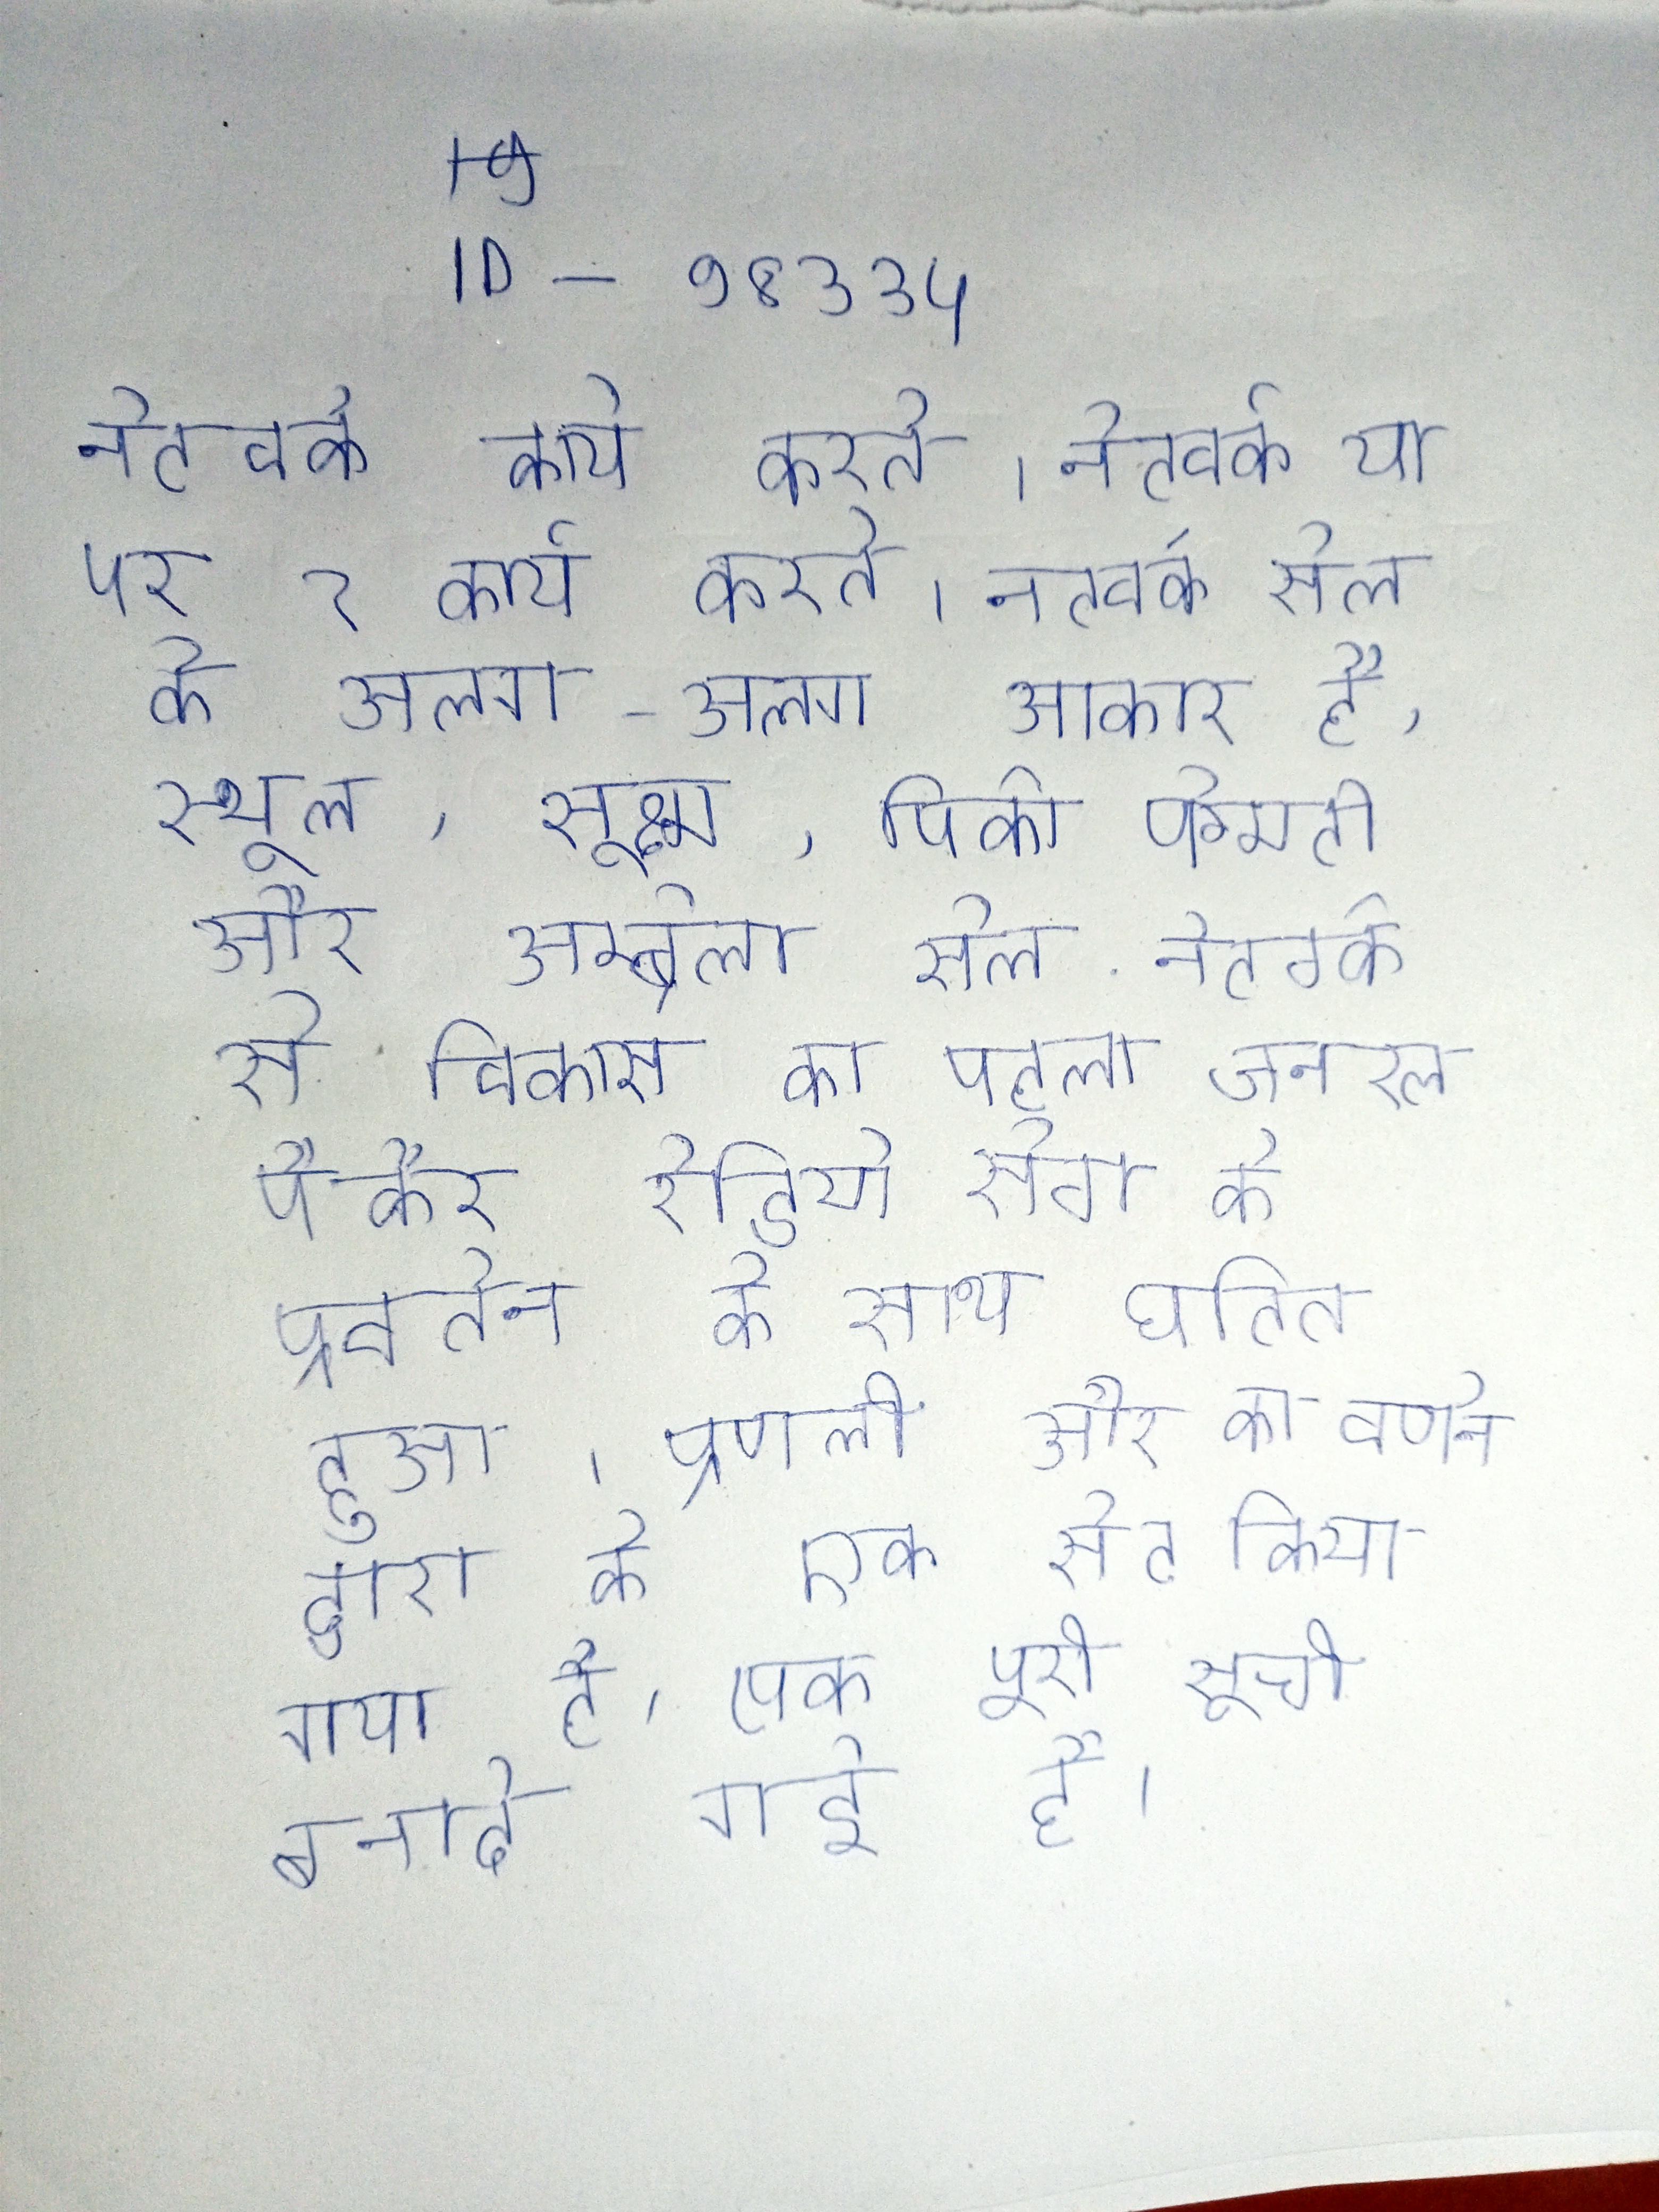
नेटवर्क कार्य करते । नेटवर्क या पर कार्य करते । नेटवर्क सेल के अलग-अलग आकार है- स्थूल, सूक्ष्म, पिको, फेमटो और अम्ब्रेला सेल . नेटवर्क से विकास का पहला जनरल पैकेट रेडियो सेवा के प्रवर्तन के साथ घटित हुआ । प्रणाली और का वर्णन द्वारा के एक सेट किया गया है, एक पूरी सूची बनाई गई है ।